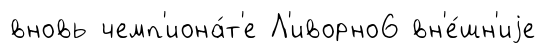
вновь чемп'иона́т'е Л'иворно6 вн'е́шн'иjе